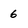
Character: 6